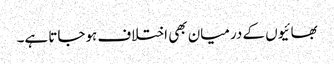
بھائیوں کے درمیان بھی اختلاف ہوجاتا ہے۔